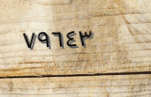
٧٩٦٤٣